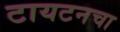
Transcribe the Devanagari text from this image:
टायटनचा